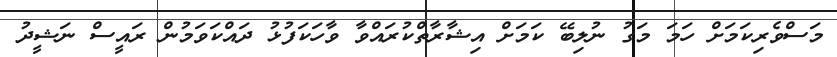
މަސްވެރިކަމަށް ހަމަ މަގު ނުލިބޭ ކަމަށް އިޝާރާތްކުރައްވާ ވާހަކަފުޅު ދައްކަވަމުން ރައީސް ނަޝީދު